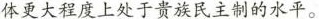
体更大程度上处于贵族民主制的水平。